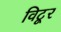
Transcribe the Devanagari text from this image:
विटूर